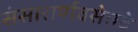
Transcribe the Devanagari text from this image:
संसारार्णवसेतवे